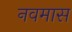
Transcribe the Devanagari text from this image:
नवमास